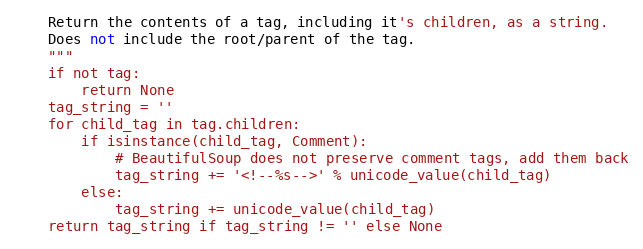
Language: Python
    Return the contents of a tag, including it's children, as a string.
    Does not include the root/parent of the tag.
    """
    if not tag:
        return None
    tag_string = ''
    for child_tag in tag.children:
        if isinstance(child_tag, Comment):
            # BeautifulSoup does not preserve comment tags, add them back
            tag_string += '<!--%s-->' % unicode_value(child_tag)
        else:
            tag_string += unicode_value(child_tag)
    return tag_string if tag_string != '' else None